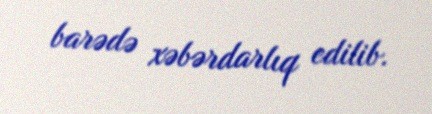
barədə xəbərdarlıq edilib.